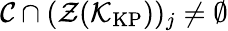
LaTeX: \mathcal{C}\cap(\mathcal{Z}(\mathcal{K}_{\mathrm{KP}}))_{j}\neq\emptyset